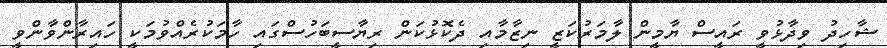
ޝާހިދު ވިދާޅުވީ ރައީސް ޔާމީން ލާމަރުކަޒީ ނިޒާމާއި ދެކޮޅުކަން ރިޔާސީބަހުސްގައި ހާމަކުރެއްވުމަކީ ހައިރާންވާންވީ